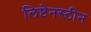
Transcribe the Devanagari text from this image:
लिष्टेनस्टीन